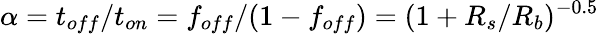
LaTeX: \alpha=t_{off}/t_{on}=f_{off}/(1-f_{off})=(1+R_{s}/R_{b})^{-0.5}